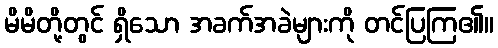
မိမိတို့တွင် ရှိသော အခက်အခဲများကို တင်ပြကြ၏။